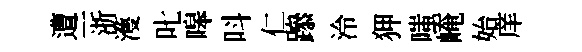
遭一浙濩叱嗥呌仁𨅶泠狎嗤崦始庠